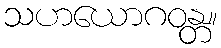
သဟယောဂဝန္တ။